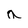
Character: a